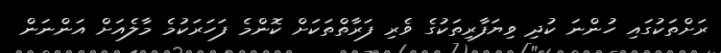
ރަށްތަކުގައި ހުންނަ ކުދި ވިޔަފާރިތަކުގެ ވެރި ފަރާތްތަކަށް ކޮންމެ ފަހަރަކުމެ މާލެއަށް އަންނަން